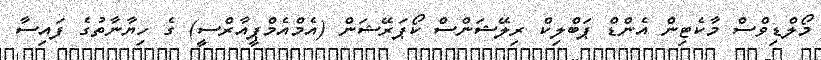
މޯލްޑިވްސް މާކެޓިން އެންޑް ޕަބްލިކް ރިލޭޝަންސް ކޯޕަރޭޝަން (އެމްއެމްޕީއާރްސީ) ގެ ހިޔާނާތުގެ ފައިސާ